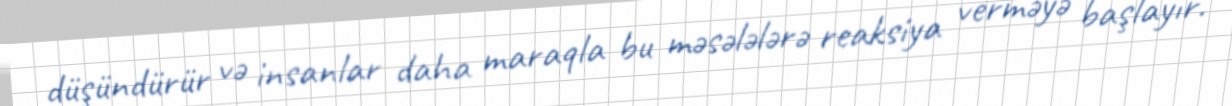
düşündürür və insanlar daha maraqla bu məsələlərə reaksiya verməyə başlayır.